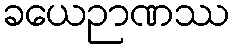
ခယေဉာဏဿ